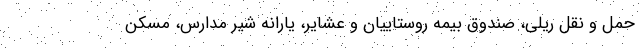
حمل و نقل ریلی، صندوق بیمه روستاییان و عشایر، یارانه شیر مدارس، مسکن